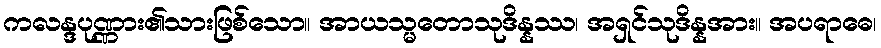
ကလန္ဒပုဏ္ဏား၏သားဖြစ်သော။ အာယသ္မတောသုဒိန္နဿ၊ အရှင်သုဒိန္နအား။ အပရာဓေ၊